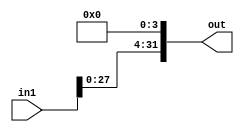
module bit4_SLL(in1, out);

input [31:0] in1;
output [31:0] out;


assign out[0] = 1'b0;
assign out[1] = 1'b0;
assign out[2] = 1'b0;
assign out[3] = 1'b0;


genvar c;
   generate
	for(c=4; c<=31;c=c+1) begin: loop1
	
	assign out[c] = in1[c-4];
	
	end
	endgenerate


endmodule